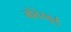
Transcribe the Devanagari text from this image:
मोंतेस्कुई